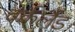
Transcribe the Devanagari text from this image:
वर्कलैंड